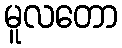
မူလတော